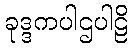
ခုဒ္ဒကပါဌပါဠိ